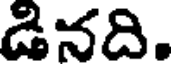
డినది.